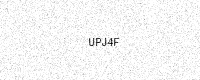
Text: UPJ4F